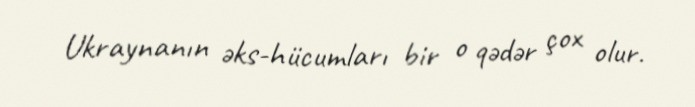
Ukraynanın əks-hücumları bir o qədər çox olur.